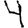
Digit: 4